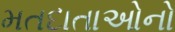
મતદાતાઓનો